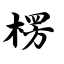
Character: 楞